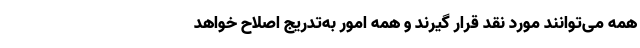
همه می‌توانند مورد نقد قرار گیرند و همه امور به‌تدریج اصلاح خواهد